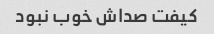
کیفت صداش خوب نبود